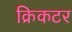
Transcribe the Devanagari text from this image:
क्रिकटर